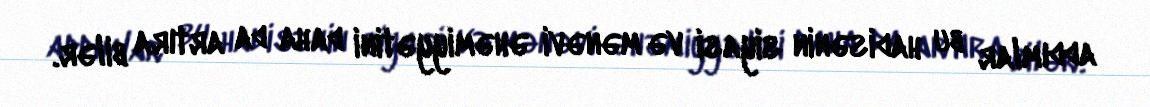
addımlar bu hadisənin siyasi və mənəvi əhəmiyyətini daha da artıra bilər.